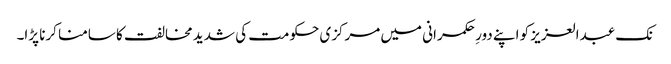
نک عبدالعزیز کو اپنے دورِ حکمرانی میں مرکزی حکومت کی شدید مخالفت کا سامنا کرنا پڑا۔